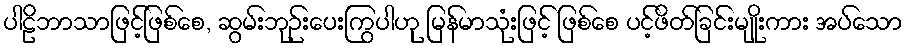
ပါဠိဘာသာဖြင့်ဖြစ်စေ, ဆွမ်းဘုဉ်းပေးကြွပါဟု မြန်မာသုံးဖြင့် ဖြစ်စေ ပင့်ဖိတ်ခြင်းမျိုးကား အပ်သော